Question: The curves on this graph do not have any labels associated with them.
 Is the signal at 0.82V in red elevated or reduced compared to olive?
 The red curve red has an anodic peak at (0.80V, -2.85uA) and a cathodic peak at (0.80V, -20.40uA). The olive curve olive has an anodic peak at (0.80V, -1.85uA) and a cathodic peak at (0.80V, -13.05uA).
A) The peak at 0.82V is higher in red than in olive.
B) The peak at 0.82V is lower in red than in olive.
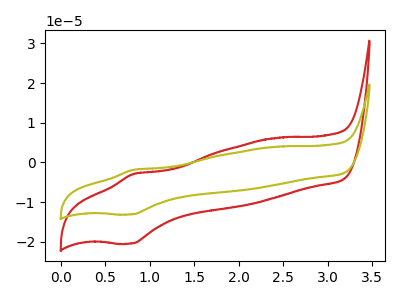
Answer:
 <answer>B) The peak at 0.82V is lower in "red" than in "olive".</answer>
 <eval>B</eval>